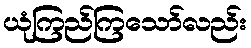
ယုံကြည်ကြသော်လည်း